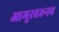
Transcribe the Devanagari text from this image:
आमूरवरूनच